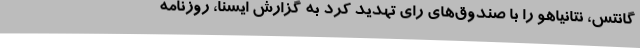
گانتس، نتانیاهو را با صندوق‌های رای تهدید کرد به گزارش ایسنا، روزنامه